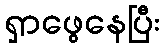
ရှာဖွေနေပြီး